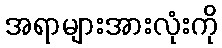
အရာများအားလုံးကို